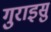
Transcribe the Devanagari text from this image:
गुराइसु